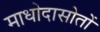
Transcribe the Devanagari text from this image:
माधोदासोतों